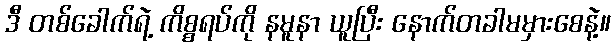
ဒီ တစ်ခေါက်ရဲ့ ကိစ္စရပ်ကို နမူနာ ယူပြီး နောက်တခါမမှားစေနဲ့။